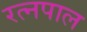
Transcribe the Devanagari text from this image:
रत्नपाल